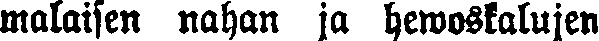
malaisen nahan ja hewoskalujen